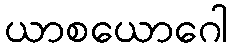
ယာစယောဂေါ